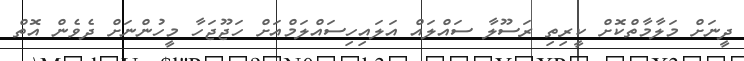
ދީނަށް މަލާމާތްކޮށް ކީރިތި ރަސޫލާ ސައްލައް އަލައިހިސައްލަމްއަށް ހަޖޫޖަހާ މީހުންނަށް ދެވެން އޮތް